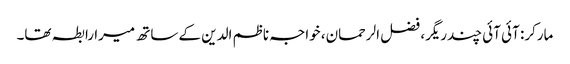
مارکر: آئی آئی چندریگر، فضل الرحمان، خواجہ ناظم الدین کے ساتھ میرا رابطہ تھا۔